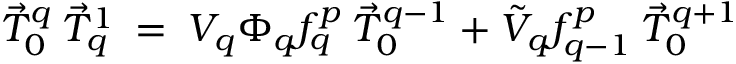
\vec { T } _ { 0 } ^ { q } \: \vec { T } _ { q } ^ { 1 } \: = \: V _ { q } \Phi _ { q } f _ { q } ^ { p } \: \vec { T } _ { 0 } ^ { q - 1 } + \tilde { V } _ { q } f _ { q - 1 } ^ { p } \: \vec { T } _ { 0 } ^ { q + 1 }